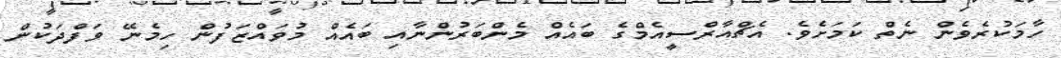
ހާމަކުރެވެން ނެތް ކަމަށެވެ. އެޗްއާރްސީއެމްގެ ބައެއް މެންބަރުންނާއި ބައެއް މުވައްޒަފުން ހިމެނޭ ވަފްދަކުން